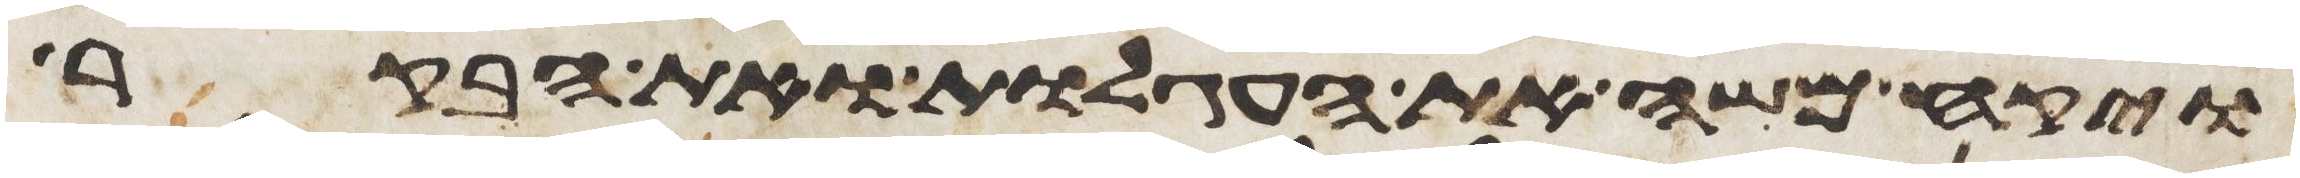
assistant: ויקח משה את העגלות ואת הבקר